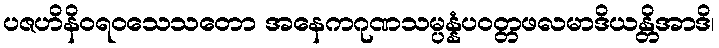
ပဇဟိနိဝရဝသေသတော အနေကဂုဏသမ္ပန္နံပဝတ္တဖလမာဒိယန္တိအာဒိ၊